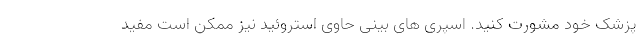
پزشک خود مشورت کنید. اسپری های بینی حاوی استروئید نیز ممکن است مفید